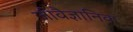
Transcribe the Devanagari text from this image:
जीवैज्ञानिक